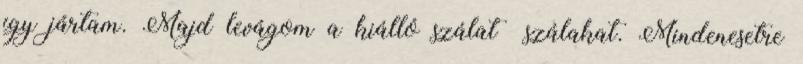
így jártam. Majd levágom a kiálló szálat szálakat. Mindenesetre